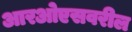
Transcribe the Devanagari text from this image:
आरओएसवरील